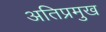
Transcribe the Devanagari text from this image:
अतिप्रमुख